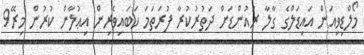
މޯލްޑިވިއަން އައިޑަލްގެ ގާލާ ރައުންޑަށް ދަތުރުކުރާ ފުރަތަމަ ހަބައިވެރިން އިޢުލާން ކުރުން މިރޭ9